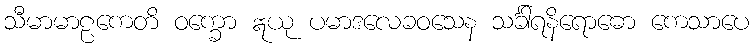
သီမာမာဠကေတိ ဝက္ခော ဣယု ပမာဒလေခဝသေန သင်္ခါရနိရောဓော ကေသာပေ